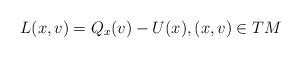
LaTeX: \begin{align*}L(x,v)= Q_{x}(v)- U(x),(x,v)\in TM\end{align*}